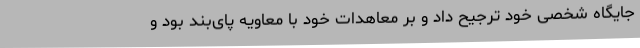
جایگاه شخصی خود ترجیح داد و بر معاهدات خود با معاویه پای‌بند بود و